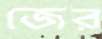
জের